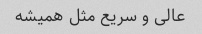
عالی و سریع مثل همیشه